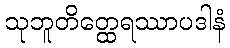
သုဘူတိတ္ထေရဿာပဒါနံ